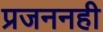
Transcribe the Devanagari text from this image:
प्रजननही